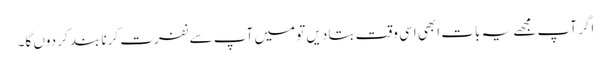
اگر آپ مجھے یہ بات ابھی اسی وقت بتا دیں تو میں آپ سے نفرت کرنا بند کر دوں گا۔